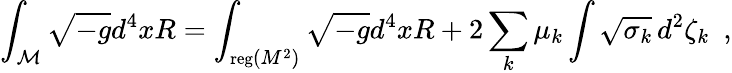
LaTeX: \int_{\cal M}\sqrt{-g}d^{4}xR=\int_{{\mathrm{\small{reg}}}(M^{2})}\sqrt{-g}d^{4}xR+2\sum_{k}\mu_{k}\int\sqrt{\sigma_{k}}\, d^{2}\zeta_{k}~~,